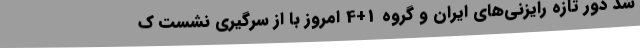
شد دور تازه رایزنی‌های ایران و گروه 1+4 امروز با از سرگیری نشست ک